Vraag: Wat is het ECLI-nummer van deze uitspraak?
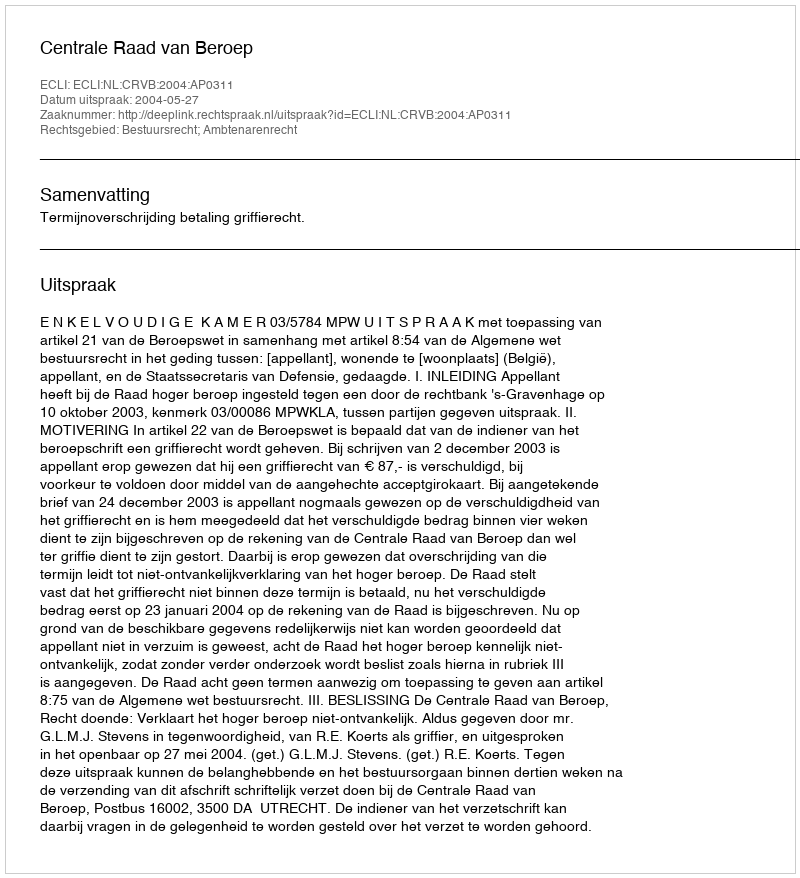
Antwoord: ECLI:NL:CRVB:2004:AP0311